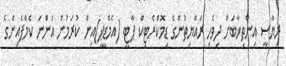
ރިޔާސީ އިންތިޚާބަށް ދިވެހި ރައްޔިތުންގެ ޑިމޮކްރެޓިކް ޕާޓީ (އެމްޑީޕީ)އިން ކުރަމުން އަންނަ ކެމްޕެއިންގެ